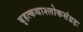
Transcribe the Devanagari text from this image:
बृहत्कथाश्लोकसंग्रहः